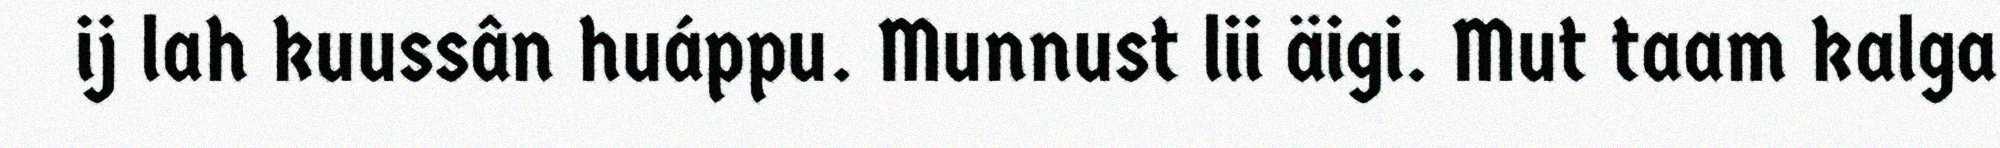
ij lah kuussân huáppu. Munnust lii äigi. Mut taam kalga